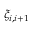
\xi _ { i , i + 1 }